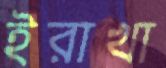
ইরাখা